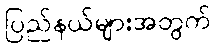
ပြည်နယ်များအတွက်